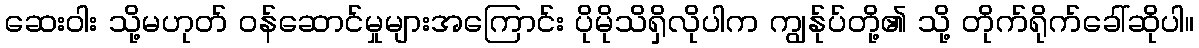
ဆေးဝါး သို့မဟုတ် ဝန်ဆောင်မှုများအကြောင်း ပိုမိုသိရှိလိုပါက ကျွန်ုပ်တို့၏ သို့ တိုက်ရိုက်ခေါ်ဆိုပါ။